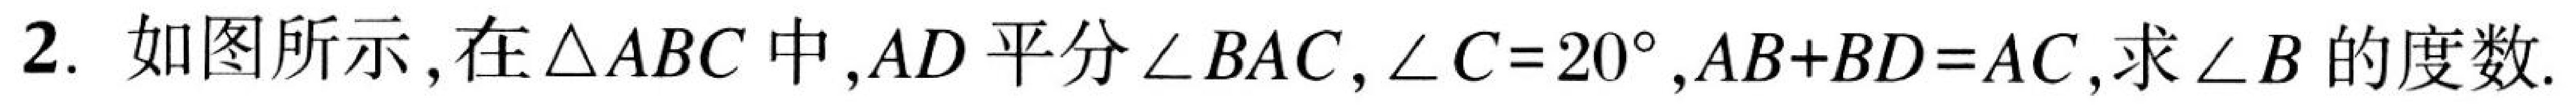
2. 如图所示，在$\triangle ABC$中，$AD$平分$\angle BAC$，$\angle C = 20^{\circ}$，$AB + BD = AC$，求$\angle B$的度数.